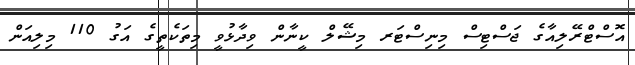
އޮސްޓްރޭލިއާގެ ޖަސްޓިސް މިނިސްޓަރ މިޝޭލް ކީނާން ވިދާޅުވީ މިތަކެތީގެ އަގު 110 މިލިއަން